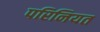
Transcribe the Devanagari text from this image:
परिनियत